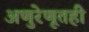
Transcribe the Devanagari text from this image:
अणुरेणूतही